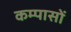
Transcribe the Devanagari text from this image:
कम्पासों